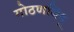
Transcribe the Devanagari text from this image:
गोठणबिंदू